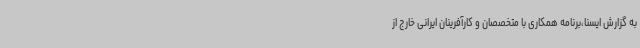
به گزارش ایسنا،برنامه همکاری با متخصصان و کارآفرینان ایرانی خارج از